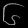
Digit: ၆